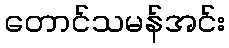
တောင်သမန်အင်း